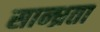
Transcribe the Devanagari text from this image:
सान्ध्रता